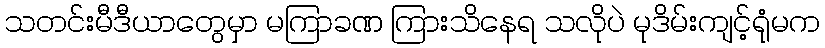
သတင်းမီဒီယာတွေမှာ မကြာခဏ ကြားသိနေရ သလိုပဲ မုဒိမ်းကျင့်ရုံမက